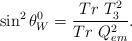
LaTeX: \begin{align*}\sin^2\theta_W^0=\frac{Tr\ T_3^2}{Tr\ Q_{em}^2}.\end{align*}